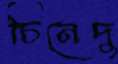
চিনেদু